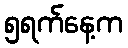
၅ရက်နေ့က